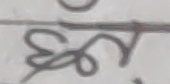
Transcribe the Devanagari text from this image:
एसरी